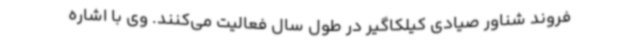
فروند شناور صیادی کیلکاگیر در طول سال فعالیت می‌کنند. وی با اشاره